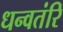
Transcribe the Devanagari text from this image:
धन्वतंरि